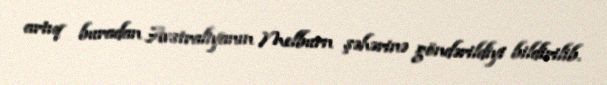
artıq buradan Avstraliyanın Melburn şəhərinə göndərildiyi bildirilib.